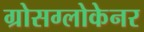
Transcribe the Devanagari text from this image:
ग्रोसग्लोकेनर